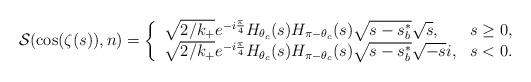
LaTeX: \begin{align*}\mathcal S(\cos(\zeta(s)),n)=\left\{\begin{array}{ll} \sqrt {2/k_{+}}e^{-i\frac{\pi}{4}}H_{\theta_c}(s) H_{\pi-\theta_c}(s)\sqrt{s-s_b^{*}} \sqrt{s}, & s\geq 0,\\ \sqrt {2/k_{+}}e^{-i\frac{\pi}{4}}H_{\theta_c}(s) H_{\pi-\theta_c}(s)\sqrt{s-s_b^{*}} \sqrt{-s}i, & s<0.\end{array}\right.\end{align*}